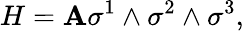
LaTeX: H=\mathbf{A}\sigma^{1}\wedge\sigma^{2}\wedge\sigma^{3},